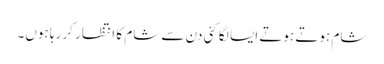
شام ہوتے ہوتے ایسا لگا کئی دن سے شام کا انتظار کر رہا ہوں۔